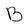
Character: B